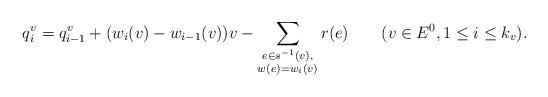
LaTeX: \begin{align*}&q_i^v=q^v_{i-1}+(w_i(v)-w_{i-1}(v))v-\sum_{\substack{e\in s^{-1}(v),\\w(e)=w_i(v)}}r(e)\quad\quad(v\in E^0,1\leq i\leq k_v).\end{align*}